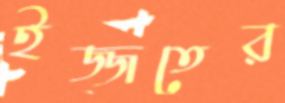
ইজ্জতের